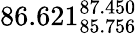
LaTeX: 86.621_{85.756}^{87.450}